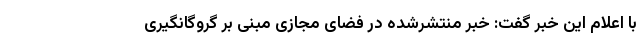
با اعلام این خبر گفت: خبر منتشرشده در فضای مجازی مبنی بر گروگانگیری